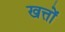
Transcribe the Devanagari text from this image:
खत्तों